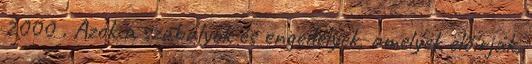
2000 . Azok a szabályok és engedélyek, amelyek előírják,